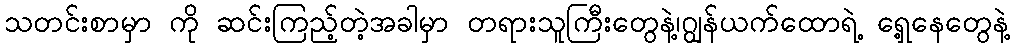
သတင်းစာမှာ ကို ဆင်းကြည့်တဲ့အခါမှာ တရားသူကြီးတွေနဲ့၊ဂျွန်ယက်ထောရဲ့ ရှေ့နေတွေနဲ့